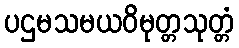
ပဌမသမယဝိမုတ္တသုတ္တံ